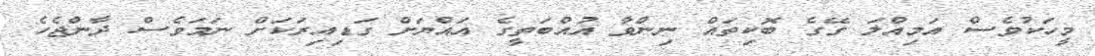
މީހަކުވެސް އަމިއްލަ ގޭގެ ބޮކިތައް ނިންވާ އުއްބަތީގެ އައްޔަށް ގަޑިއިރަކަށް ނަމަވެސް ދާންޖެހެ